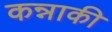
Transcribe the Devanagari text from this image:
कन्नाकी